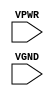
/**
 * Copyright 2020 The SkyWater PDK Authors
 *
 * Licensed under the Apache License, Version 2.0 (the "License");
 * you may not use this file except in compliance with the License.
 * You may obtain a copy of the License at
 *
 *     https://www.apache.org/licenses/LICENSE-2.0
 *
 * Unless required by applicable law or agreed to in writing, software
 * distributed under the License is distributed on an "AS IS" BASIS,
 * WITHOUT WARRANTIES OR CONDITIONS OF ANY KIND, either express or implied.
 * See the License for the specific language governing permissions and
 * limitations under the License.
 *
 * SPDX-License-Identifier: Apache-2.0
 */

`ifndef SKY130_FD_SC_HS__TAPMET1_PP_BLACKBOX_V
`define SKY130_FD_SC_HS__TAPMET1_PP_BLACKBOX_V

/**
 * tapmet1: Tap cell with isolated power and ground connections.
 *
 * Verilog stub definition (black box with power pins).
 *
 * WARNING: This file is autogenerated, do not modify directly!
 */

`timescale 1ns / 1ps
`default_nettype none

(* blackbox *)
module sky130_fd_sc_hs__tapmet1 (
    VPWR,
    VGND
);

    input VPWR;
    input VGND;
endmodule

`default_nettype wire
`endif  // SKY130_FD_SC_HS__TAPMET1_PP_BLACKBOX_V